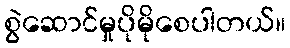
စွဲဆောင်မှုပိုမိုစေပါတယ်။